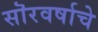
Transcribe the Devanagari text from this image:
सॊरवर्षाचे